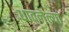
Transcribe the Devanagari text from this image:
धावलेल्या